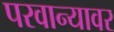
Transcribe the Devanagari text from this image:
परवान्यावर